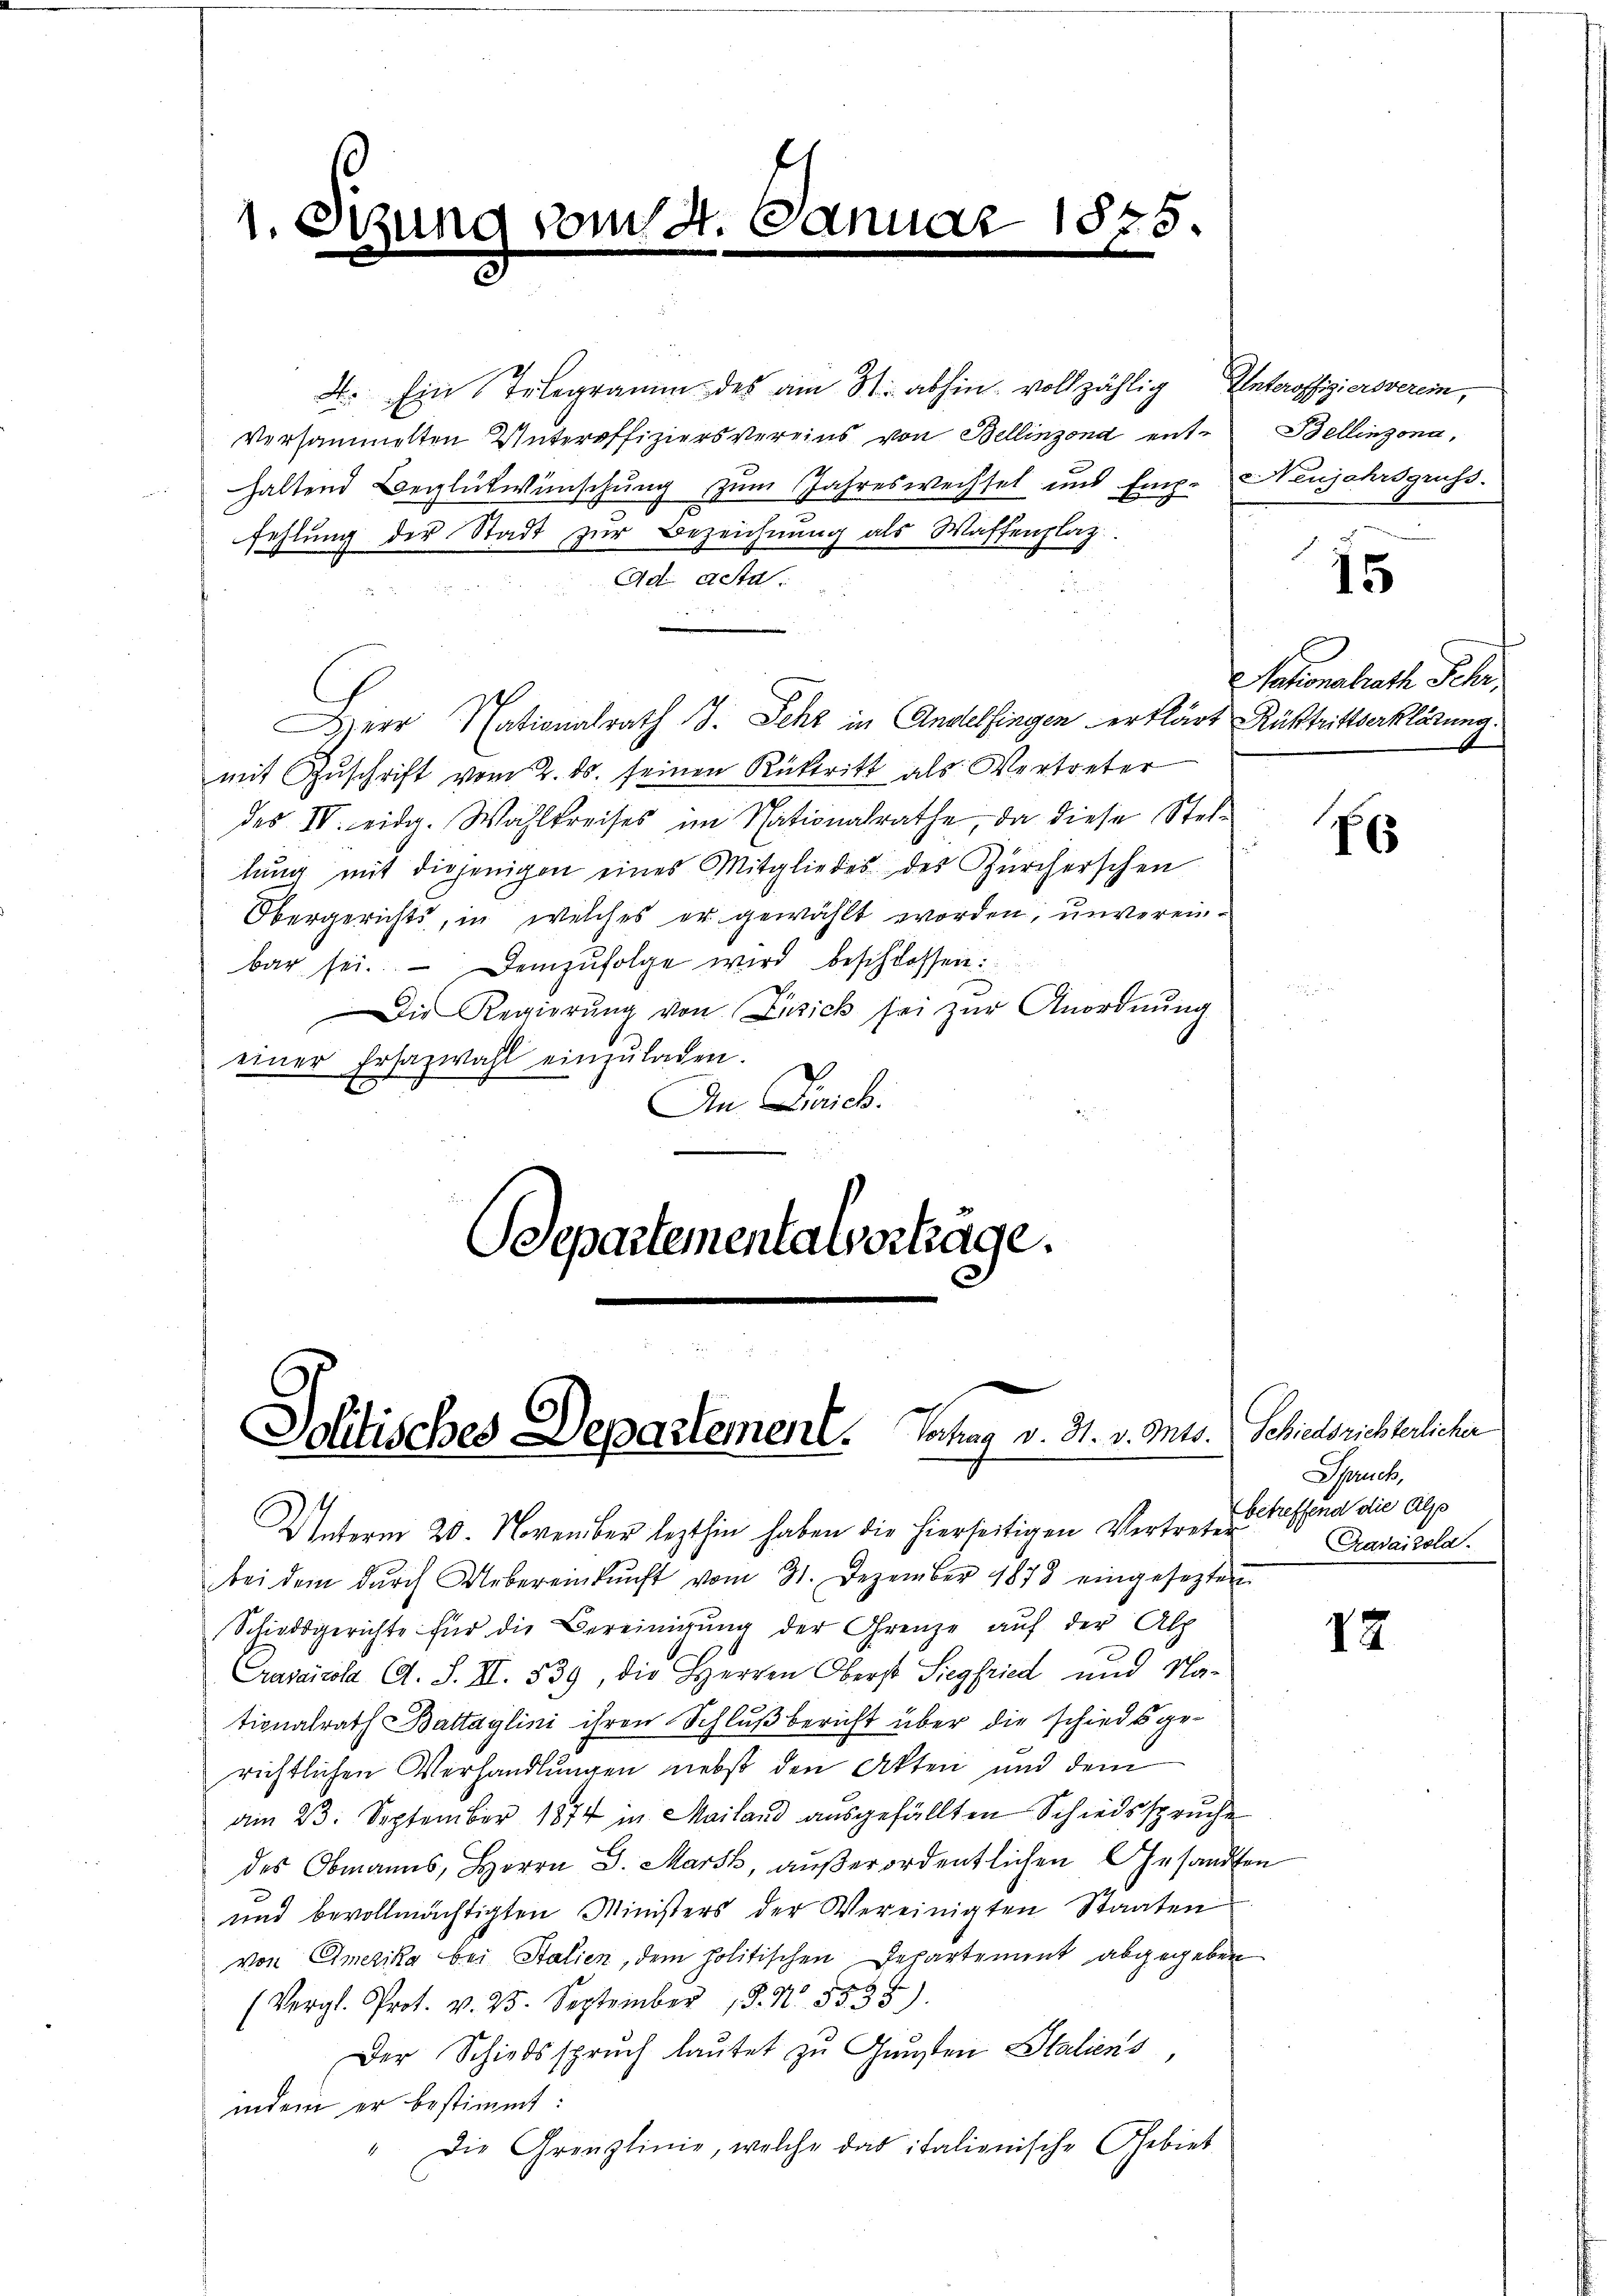
1

i

4. Ein Telegramm des am St. abhin vollzählig Unteroffiziersverein,
versammelten Unteroffiziersvereins von Bellinzond enthaltend Beglückwünschung zum Jahreswechsel und Emp. Neujahrsgruss.
fehlung der Stadt zur Bezeichnung als Waffenplaz
Ad. Sta
eer Nationalrath J. Sehr in Andelfingen erklärt Rücktrittserklärung.
mit Zŭschrift vom 2. ds. seinen Rücktritt als Vertreter
des IV. eidg. Wahlkreises im Nationalrathe, da diese Stellŭng mit diejenigen eines Mitgliedes des Zürcherschen
Obergerichts, in welches er gewählt worden, unvereinbar sei. Demzufolge wird beschlossen:
Die Regierŭng von Enzick sei zur Anordnŭng
einer Ersazwahl einzŭladen.
An Livich.
Departementalverträge.

om 4. Dan

1875

Schilisches Departement. Sontag v. M. v. Mts.

Bellinzona,

Unterm 20. November lezthin haben die hierseitigen Vertreten Bessend die als
bei dem dŭrch Uebereinkunft vom 31. Dezember 1878 eingesezten
Schiedsgerichte für die Bereinigung der Grenze auf der Alp
Crasaicola A. S. II. 539, die Herren Oberst Siegfried und Nationalrath Battaglini ihren Schluß bericht über die schiedsge-
richtlichen Verhandlungen nebst den Akten und dem
am 23. September 1874 in Mailand ausgefällten Schiedsspruche
des Obmanns, Herrn G. Mars, außerordentlichen Gesandten
und bevollmächtigten Ministers der Vereinigten Staaten
von Emerika bei Stalien, dem politischen Departement abgegeben
(Vergl. Prot. v. 25. September 18. No. 5535).
Der Schiedsspruch laŭtet zu Gunsten Staliens,
indem er bestimmt:
" Die Grenzlinie, welche das italionische Gebiet

15

Nationalrath Schr

7 x

Schiedsrichterlicher
Spruch,
Pradaizola.

12